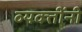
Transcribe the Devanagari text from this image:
व्‍यक्‍तींनी